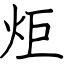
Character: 炬